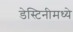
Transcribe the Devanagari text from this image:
डेस्टिनीमध्ये